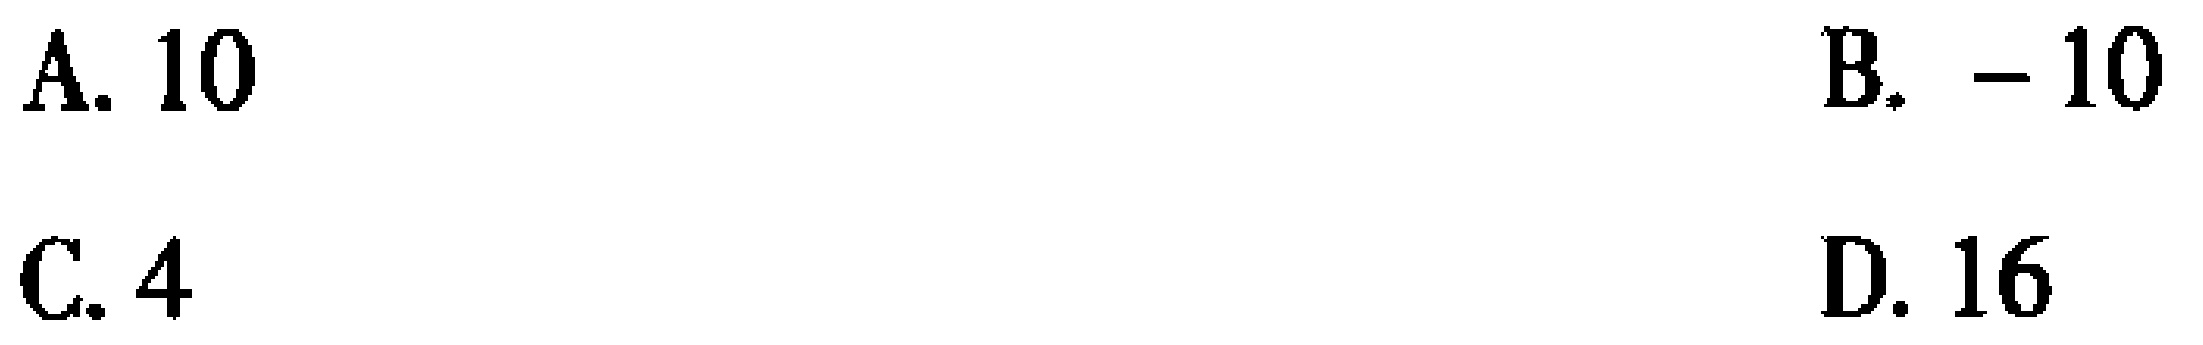
A. \(10\)

B. \(-10\)

C. \(4\)

D. \(16\)